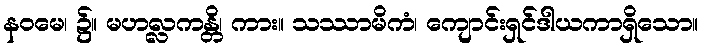
နဝမေ၊ ၌။ မဟလ္လကန္တိ၊ ကား။ သဿာမိကံ၊ ကျောင်းရှင်ဒါယကာရှိသော။